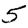
Digit: 5